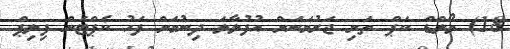
18) ވޯލްޑް ކަޕް ތަށި ޖަރުމަނަށް އުފުލާލަ ދިނުމަށް ފަހު ކެޕްޓަން ފިލިޕް